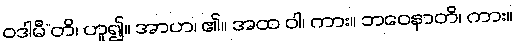
ဝဒါမီ”တိ၊ ဟူ၍။ အာဟ၊ ၏။ အထ ဝါ၊ ကား။ ဘဝေနာတိ၊ ကား။